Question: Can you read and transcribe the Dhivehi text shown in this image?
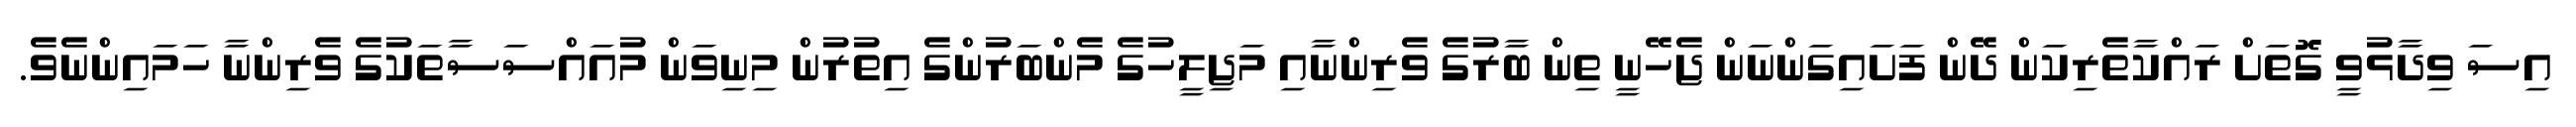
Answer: އިސަ ވިދާޅުވީ ގޮތަށް ރައްކާތެރިކަން ދޭން ފަށައިގަންނަން ޖެހޭނީ ތިން ބާރުގެ ވެރިންނާއި މަޖިލީހުގެ މެންބަރުންގެ އިތުރުން މިނިވަން މުއައްސަސާތަކުގެ ވެރިންނާ ހަމައިންނެވެ.